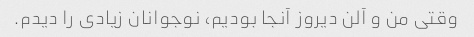
وقتی من و آلن دیروز آنجا بودیم، نوجوانان زیادی را دیدم.